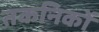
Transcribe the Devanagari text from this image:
तकनिकों